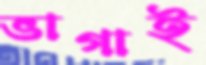
ভাগাই